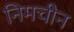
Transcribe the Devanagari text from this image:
निमचीन